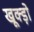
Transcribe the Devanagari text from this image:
खूक्ड़ो